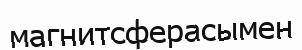
магнитсферасымен